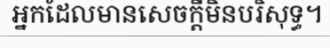
អ្នកដែលមានសេចក្តីមិនបរិសុទ្ធ។